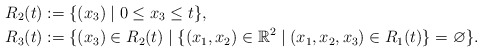
\begin{align*}R_2(t) &:= \{(x_3) \mid 0 \le x_3 \le t\}, \\R_3(t) &:= \{(x_3) \in R_2(t) \mid \{(x_1, x_2) \in \mathbb{R}^2 \mid (x_1, x_2, x_3) \in R_1(t)\} = \varnothing\}.\end{align*}